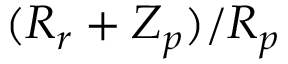
( R _ { r } + Z _ { p } ) / R _ { p }